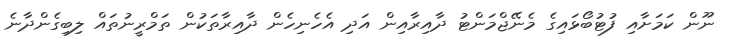
ނޫން ކަމަށާއި ފުޓުބޯޅައިގެ މެނޭޖްމަންޓު ދާއިރާއިން އަދި އެހެނިހެން ދާއިރާތަކުން ތަމްރީނުތައް ލިބިގެންދާނެ